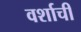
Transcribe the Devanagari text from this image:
वर्शाची